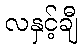
လနှင့်ချီ